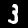
Digit: 3